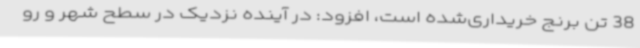
38 تن برنج خریداری‌شده است، افزود: در آینده نزدیک در سطح شهر و رو